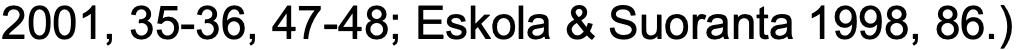
2001, 35-36, 47-48; Eskola & Suoranta 1998, 86.)